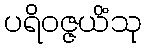
ပရိဝဇ္ဇယိံသု